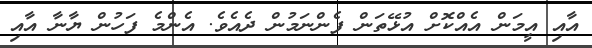
އާއި އީމަން އެއްކޮށް އުޅޭތަން ފެންނަމުން ދެއެވެ. އެންމެ ފަހުން ޔާނާ އާއި